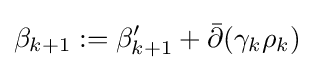
\beta _{k+1}:=\beta '_{k+1}+{\bar {\partial }}(\gamma _{k}\rho _{k})